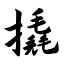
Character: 撬